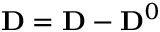
{ \bf \Delta D } = { \bf D } - { \bf D } ^ { 0 }